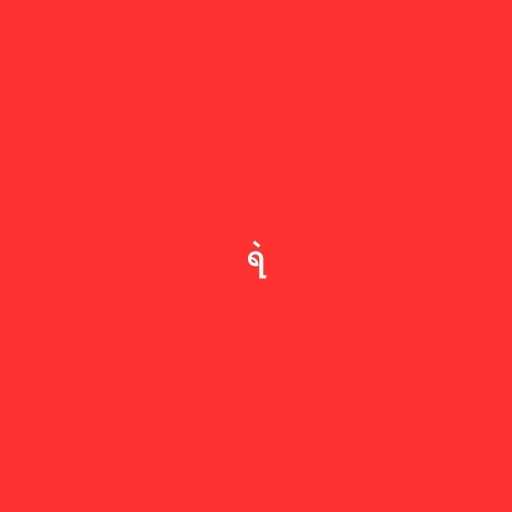
ရဲ